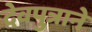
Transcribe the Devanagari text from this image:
देवपुत्राने